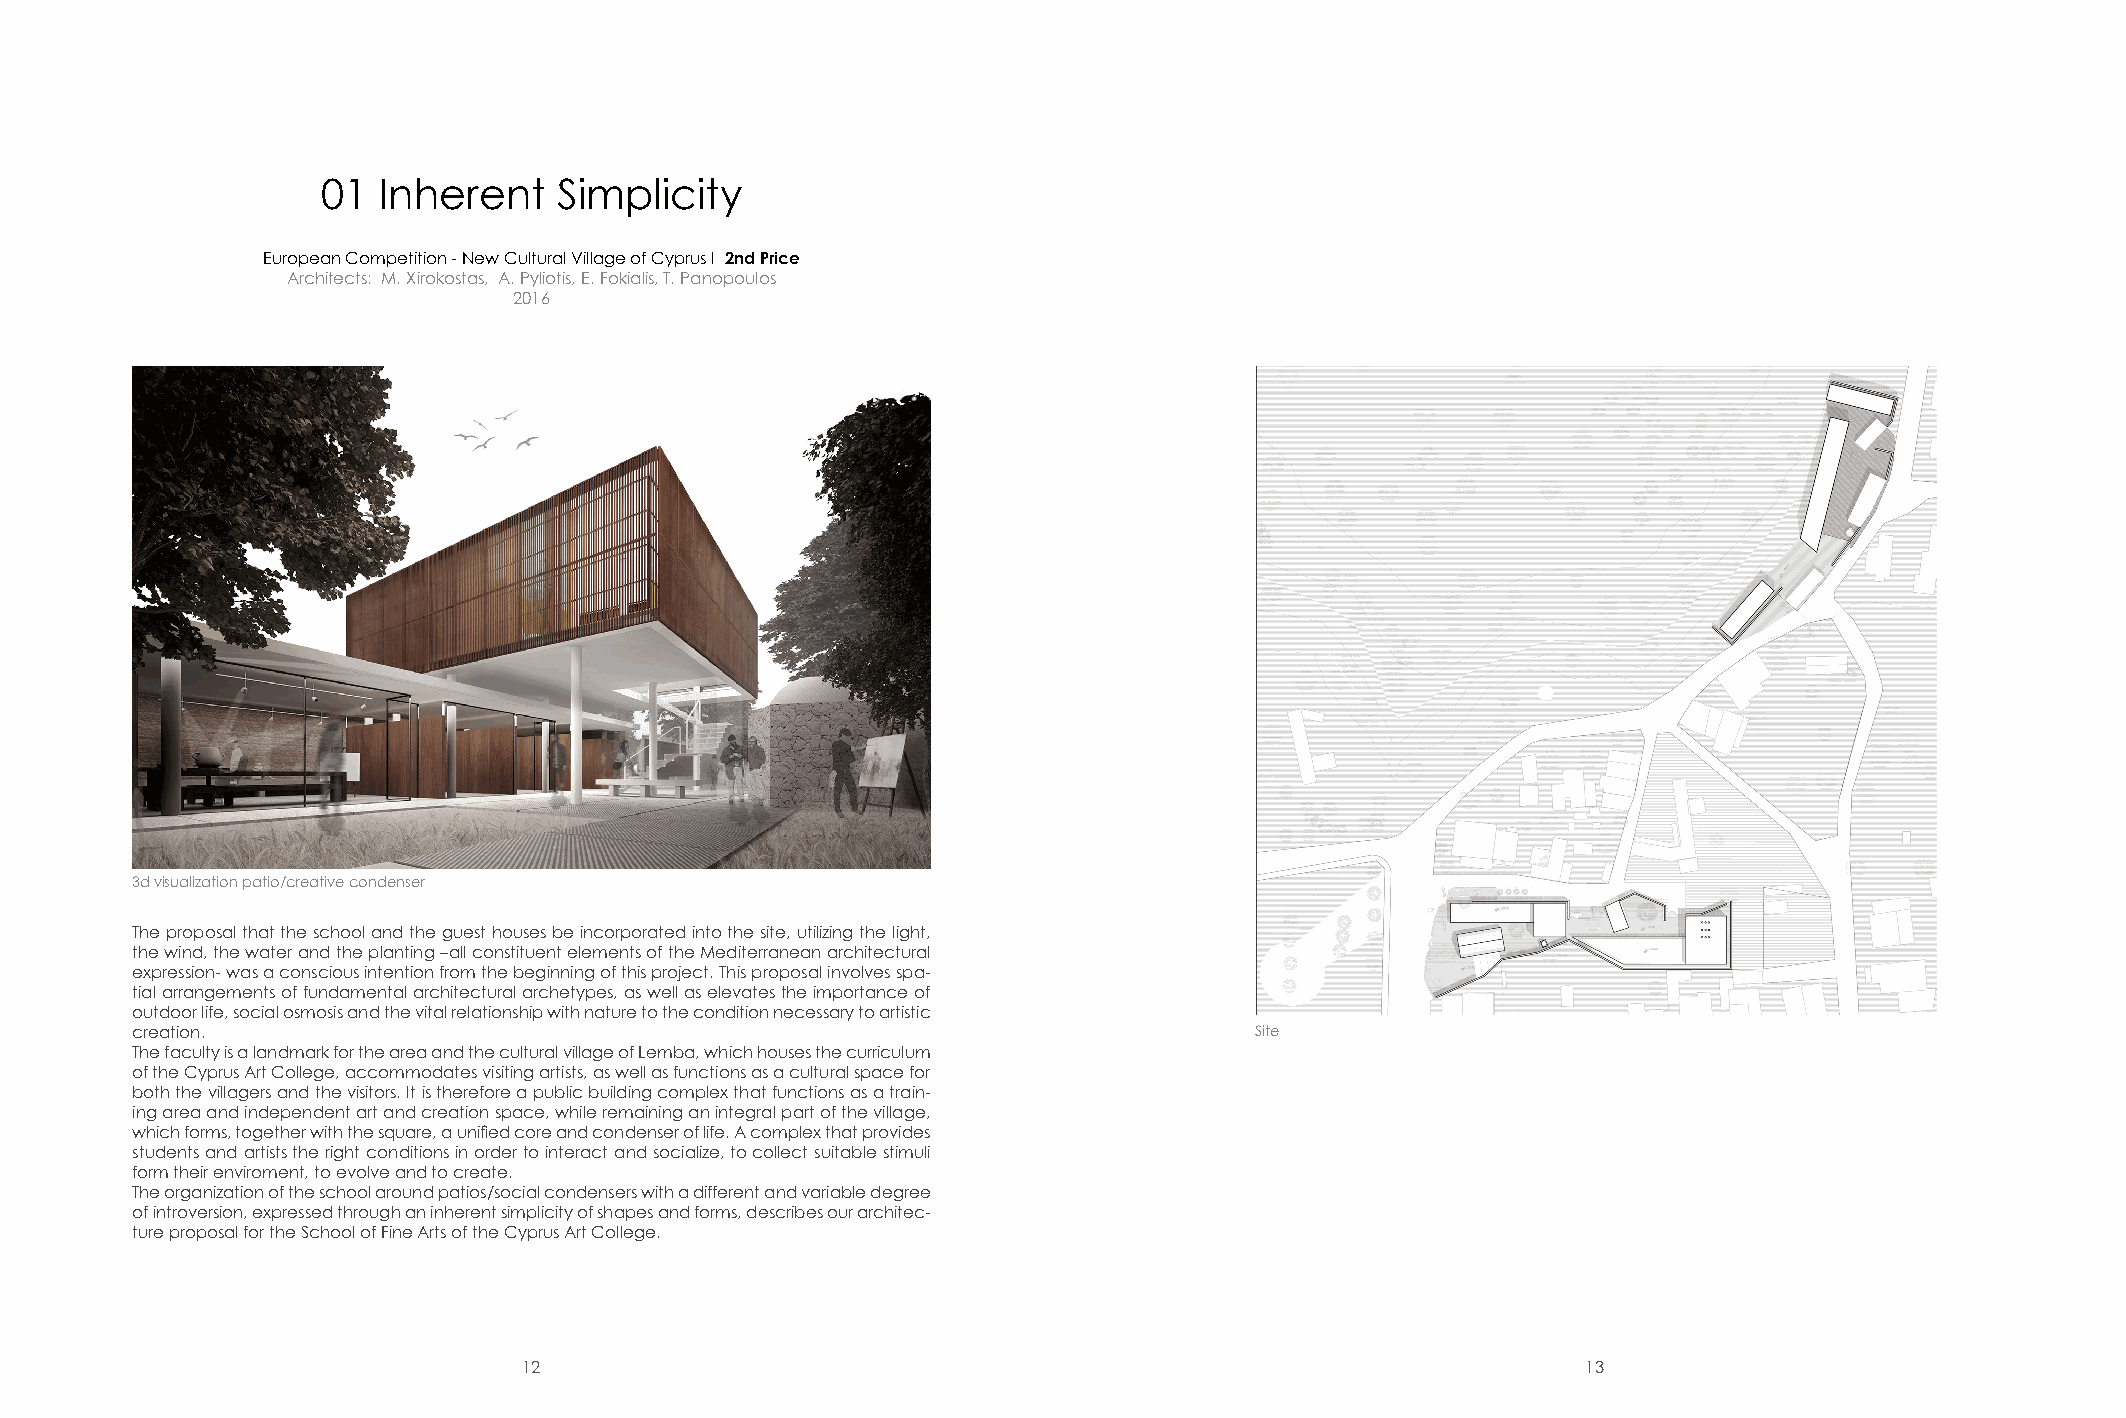
01  Inherent    Simplicity
 European Competition - New Cultural Village of Cyprus Ι 2nd Price
 Architects: M. Xirokostas, A. Pyliotis, E. Fokialis, T. Panopoulos
 2016
 3d visualization patio/creative condenser
 The proposal that the school and the guest houses be incorporated into the site, utilizing the light,
 the wind, the water and the planting –all constituent elements of the Mediterranean architectural
 expression- was a conscious intention from the beginning of this project. This proposal involves spa-
 tial arrangements of fundamental architectural archetypes, as well as elevates the importance of
 outdoor life, social osmosis and the vital relationship with nature to the condition necessary to artistic
 creation.                                                                 Site
 The faculty is a landmark for the area and the cultural village of Lemba, which houses the curriculum
 of the Cyprus Art College, accommodates visiting artists, as well as functions as a cultural space for
 both the villagers and the visitors. It is therefore a public building complex that functions as a train-
 ing area and independent art and creation space, while remaining an integral part of the village,
 which forms, together with the square, a unified core and condenser of life. A complex that provides
 students and artists the right conditions in order to interact and socialize, to collect suitable stimuli
 form their enviroment, to evolve and to create.
 The organization of the school around patios/social condensers with a different and variable degree
 of introversion, expressed through an inherent simplicity of shapes and forms, describes our architec-
 ture proposal for the School of Fine Arts of the Cyprus Art College.
 12                                                                    13